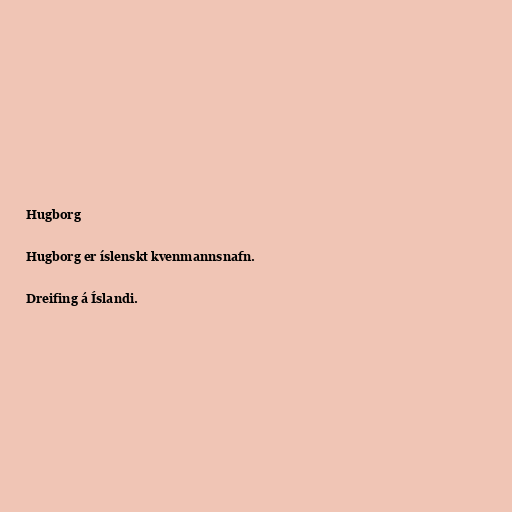
Hugborg

Hugborg er íslenskt kvenmannsnafn.

Dreifing á Íslandi.